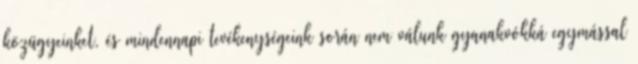
közügyeinket, és mindennapi tevékenységeink során nem válunk gyanakvókká egymással